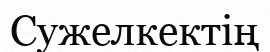
Сужелкектің